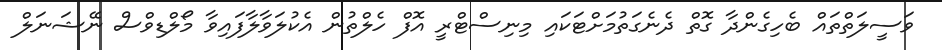
ވަސީލަތްތައް ބެހިގެންދާ ގޮތް ދެނެގަތުމަށްޓަކައި މިނިސްޓްރީ އޮފް ހެލްތުން އެކުލަވާލާފައިވާ މޯލްޑިވްސް ނޭޝަނަލް